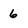
Character: 6